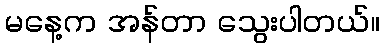
မနေ့က အန်တာ သွေးပါတယ်။